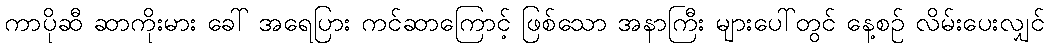
ကာပိုဆီ ဆာကိုးမား ခေါ် အရေပြား ကင်ဆာကြောင့် ဖြစ်သော အနာကြီး များပေါ်တွင် နေ့စဉ် လိမ်းပေးလျှင်